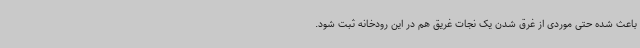
باعث شده حتی موردی از غرق شدن یک نجات غریق هم در این رودخانه ثبت شود.